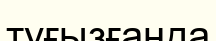
туғызғанда